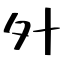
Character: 㚈